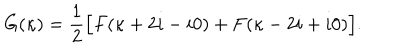
G ( \kappa ) = \frac { 1 } { 2 } \Bigl [ F ( \kappa + 2 i - i 0 ) + F ( \kappa - 2 i + i 0 ) \Bigr ] .